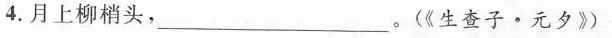
4.月上柳梢头, ___。(《生查子·元夕》)